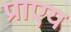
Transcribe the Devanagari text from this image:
प्राएय